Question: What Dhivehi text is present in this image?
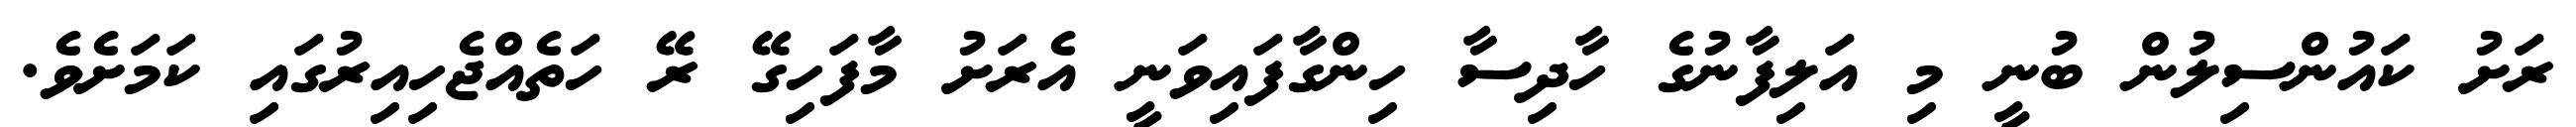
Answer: ރަށު ކައުންސިލުން ބުނީ މި އަލިފާނުގެ ހާދިސާ ހިންގާފައިވަނީ އެރަށު މާފަހިގޭ ރޭ ހަތެއްޖެހިއިރުގައި ކަމަށެވެ.